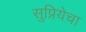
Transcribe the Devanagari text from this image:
सुप्रियेचा